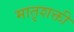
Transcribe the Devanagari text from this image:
मातृशक्ती